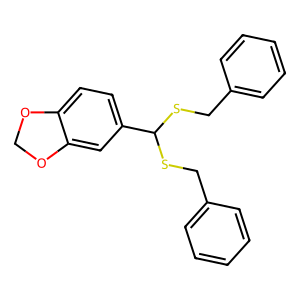
SMILES: c1ccc(CSC(SCc2ccccc2)c2ccc3c(c2)OCO3)cc1
Inhibits HIV replication: No